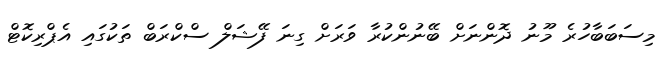
މިސަބަބާހުރެ މޫނު ދޮންނަށް ބޭނުންކުރާ ވަރަށް ގިނަ ފޭޝަލް ސްކްރަބް ތަކުގައި އެޕްރިކޮޓް